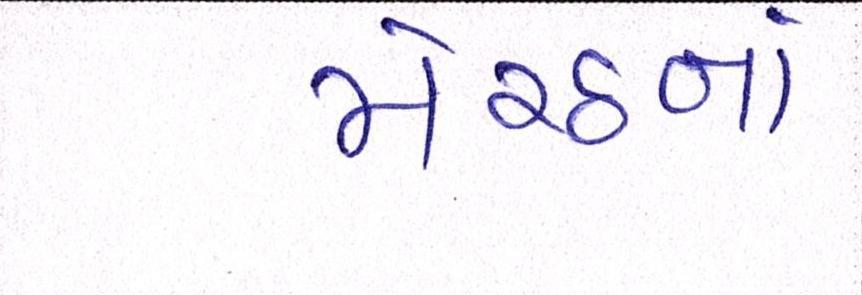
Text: મેરઠનાં